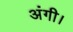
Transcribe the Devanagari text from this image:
अंगी।